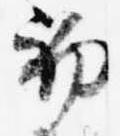
初